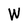
Character: W